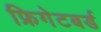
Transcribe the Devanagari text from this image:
फ्रिगेटबर्ड